Annual report of the Bengal Veterinary College and of the Civil Veterinary Department, Bengal, for the year 1917-18 - 1917-1918
Year: 1917
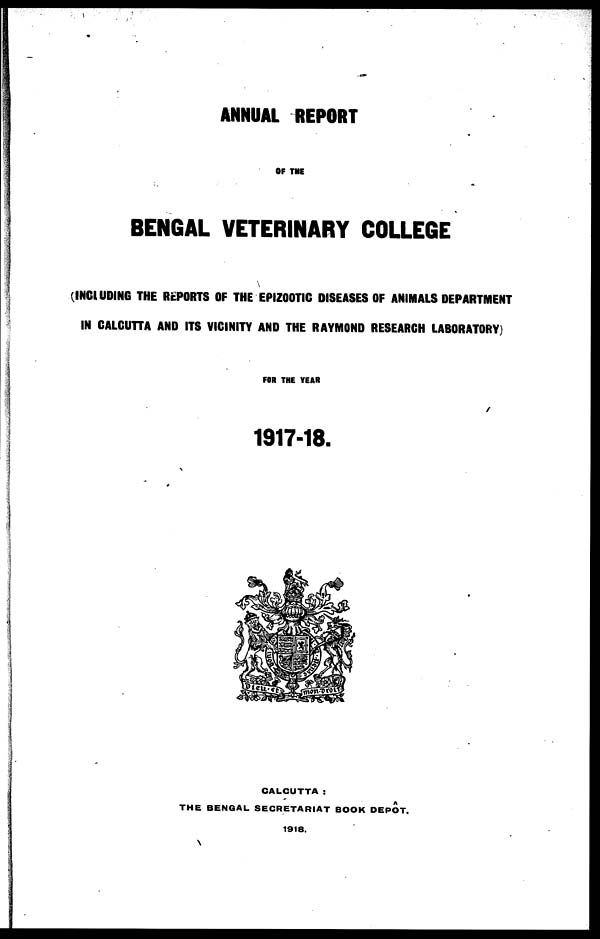
ANNUAL REPORT
OF THE
BENGAL VETERINARY COLLEGE
(INCLUDING THE REPORTS OF THE EPIZOOTIC DISEASES OF ANIMALS DEPARTMENT
IN CALCUTTA AND ITS VICINITY AND THE RAYMOND RESEARCH LABORATORY)
FOR THE YEAR
1917-18.
CALCUTTA :
THE BENGAL SECRETARIAT BOOK DEPOT.
1918,